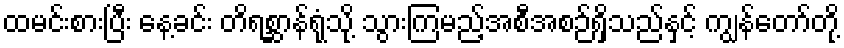
ထမင်းစားပြီး နေ့ခင်း တိရစ္ဆာန်ရုံသို့ သွားကြမည့်အစီအစဉ်ရှိသည်နှင့် ကျွန်တော်တို့